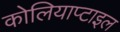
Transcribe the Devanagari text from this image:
कोलियाप्टाइल